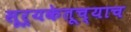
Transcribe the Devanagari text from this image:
सूर्यकेतूच्याच